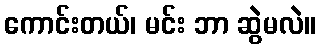
ကောင်းတယ်၊ မင်း ဘာ ဆွဲမလဲ။